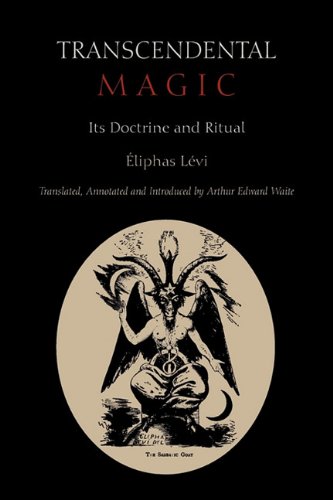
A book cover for Transcendental Magic: Its Doctrine and Ritual; Eliphas Levi; Religion & Spirituality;